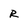
Character: r